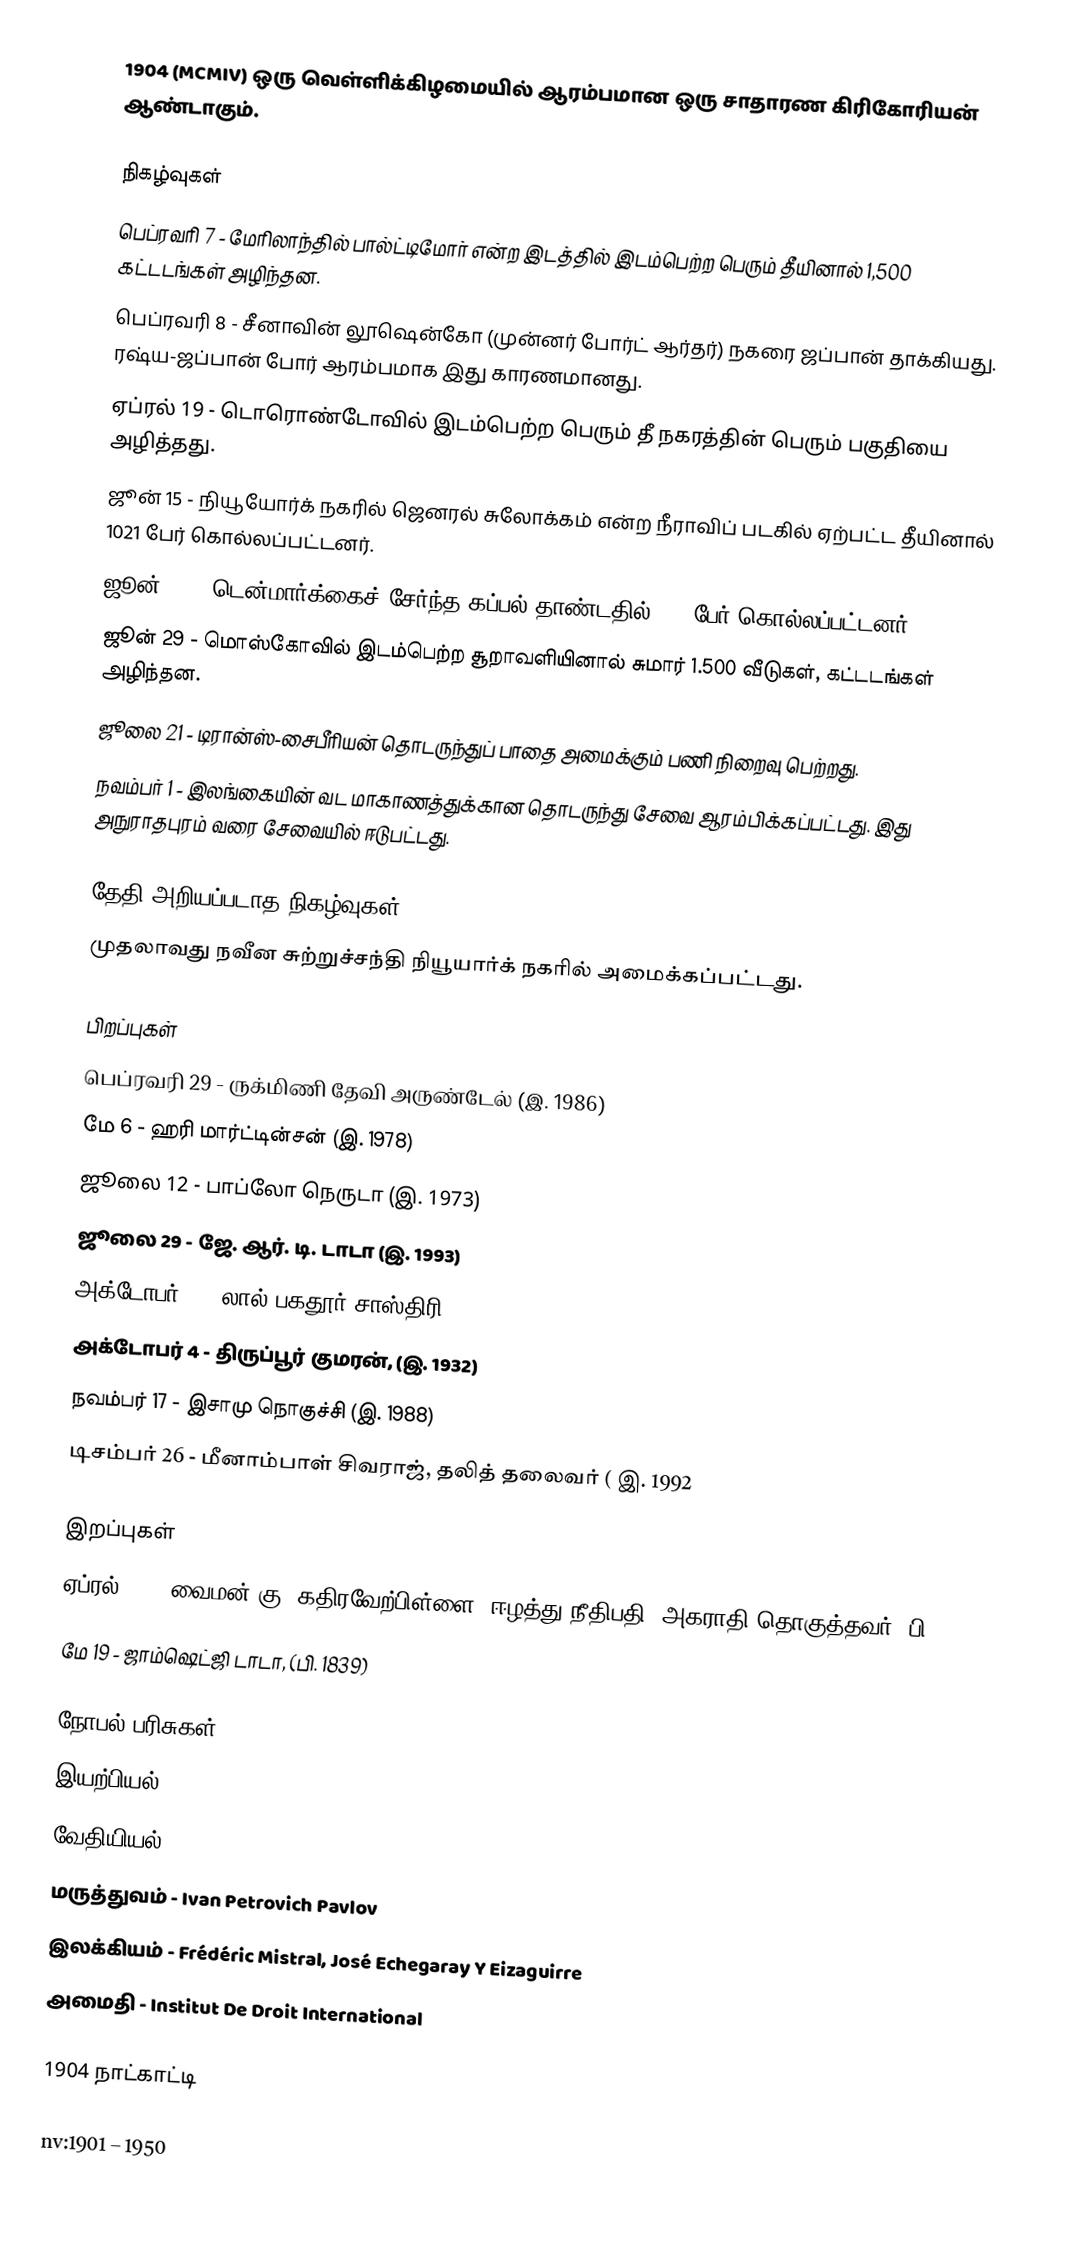
1904  (MCMIV) ஒரு வெள்ளிக்கிழமையில் ஆரம்பமான ஒரு சாதாரண கிரிகோரியன் ஆண்டாகும்.

நிகழ்வுகள்
 பெப்ரவரி 7 - மேரிலாந்தில் பால்ட்டிமோர் என்ற இடத்தில் இடம்பெற்ற பெரும் தீயினால் 1,500 கட்டடங்கள் அழிந்தன.
 பெப்ரவரி 8 - சீனாவின் லூஷென்கோ (முன்னர் போர்ட் ஆர்தர்) நகரை ஜப்பான் தாக்கியது. ரஷ்ய-ஜப்பான் போர் ஆரம்பமாக இது காரணமானது.
 ஏப்ரல் 19 - டொரொண்டோவில் இடம்பெற்ற பெரும் தீ நகரத்தின் பெரும் பகுதியை அழித்தது.
 ஜூன் 15 - நியூயோர்க் நகரில் ஜெனரல் சுலோக்கம் என்ற நீராவிப் படகில் ஏற்பட்ட தீயினால் 1021 பேர் கொல்லப்பட்டனர்.
 ஜூன் 28 - டென்மார்க்கைச் சேர்ந்த கப்பல் தாண்டதில் 635 பேர் கொல்லப்பட்டனர்.
 ஜூன் 29 - மொஸ்கோவில் இடம்பெற்ற சூறாவளியினால் சுமார் 1.500 வீடுகள், கட்டடங்கள் அழிந்தன.
 ஜூலை 21 - டிரான்ஸ்-சைபீரியன் தொடருந்துப் பாதை அமைக்கும் பணி நிறைவு பெற்றது.
 நவம்பர் 1 - இலங்கையின் வட மாகாணத்துக்கான தொடருந்து சேவை ஆரம்பிக்கப்பட்டது. இது அநுராதபுரம் வரை சேவையில் ஈடுபட்டது.

தேதி அறியப்படாத நிகழ்வுகள்
 முதலாவது நவீன சுற்றுச்சந்தி நியூயார்க் நகரில் அமைக்கப்பட்டது.

பிறப்புகள்
 பெப்ரவரி 29 - ருக்மிணி தேவி அருண்டேல் (இ. 1986)
 மே 6 - ஹரி மார்ட்டின்சன் (இ. 1978)
 ஜூலை 12 - பாப்லோ நெருடா (இ. 1973)
 ஜூலை 29 - ஜே. ஆர். டி. டாடா (இ. 1993)
 அக்டோபர் 2 - லால் பகதூர் சாஸ்திரி
 அக்டோபர் 4 - திருப்பூர் குமரன், (இ. 1932)
 நவம்பர் 17 - இசாமு நொகுச்சி (இ. 1988)
 டிசம்பர் 26 - மீனாம்பாள் சிவராஜ், தலித் தலைவர் ( இ. 1992

இறப்புகள்
 ஏப்ரல் 14 - வைமன் கு. கதிரவேற்பிள்ளை, ஈழத்து நீதிபதி, அகராதி தொகுத்தவர் (பி. 1829)
 மே 19 - ஜாம்ஷெட்ஜி டாடா, (பி. 1839)

நோபல் பரிசுகள்
 இயற்பியல் - The Lord Rayleigh
 வேதியியல் - Sir William Ramsay
 மருத்துவம் - Ivan Petrovich Pavlov
 இலக்கியம் - Frédéric Mistral, José Echegaray Y Eizaguirre
 அமைதி -  Institut De Droit International

1904 நாட்காட்டி

nv:1901 – 1950